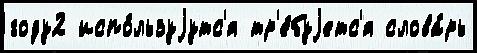
году2 испо́льзуjутс'я тр'е́буjетс'я слова́рь